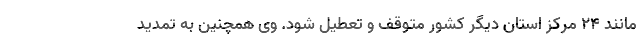
مانند ۲۴ مرکز استان دیگر کشور متوقف و تعطیل شود. وی همچنین به تمدید